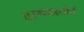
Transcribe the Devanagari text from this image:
घरणग्रस्तांचं